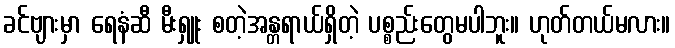
ခင်ဗျားမှာ ရေနံဆီ မီးရှူး စတဲ့အန္တရာယ်ရှိတဲ့ ပစ္စည်းတွေမပါဘူး။ ဟုတ်တယ်မလား။